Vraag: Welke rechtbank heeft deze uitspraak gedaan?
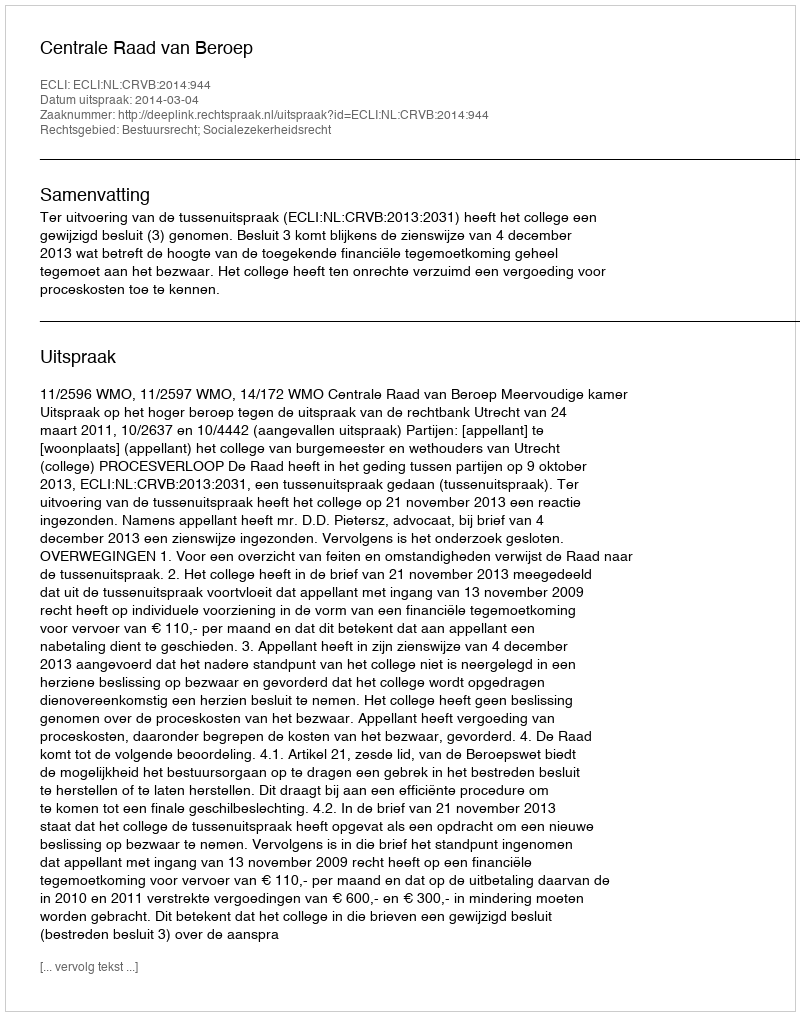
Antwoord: Centrale Raad van Beroep